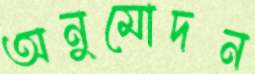
অনুমোদন